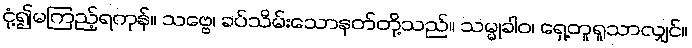
ငုံ့၍မကြည့်ရကုန်။ သဗ္ဗေ၊ ခပ်သိမ်းသောနတ်တို့သည်။ သမ္မုခါဝ၊ ရှေ့တူရူသာလျှင်။